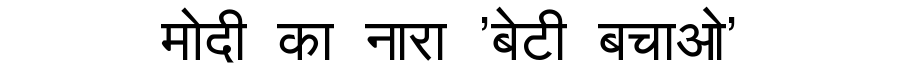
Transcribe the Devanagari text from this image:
मोदी का नारा 'बेटी बचाओ'